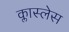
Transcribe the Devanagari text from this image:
क्लास्लेस